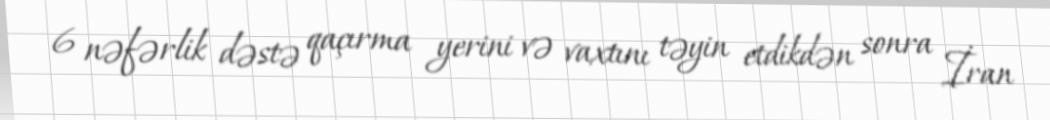
6 nəfərlik dəstə qaçırma yerini və vaxtını təyin etdikdən sonra İran